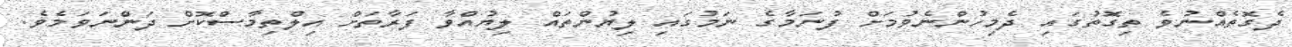
ދެގޮތެއްނުވެ ތިގޮތުގައި ދެމިހުންނެވުމަށް ފުނަމާގެ ނަމުގައި ލިޔުންތައް ލިޔުއްވާ ފަރާތަށް އިލްތިމާސްކޮށް ދަންނަވަމެވެ.